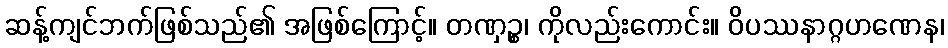
ဆန့်ကျင်ဘက်ဖြစ်သည်၏ အဖြစ်ကြောင့်။ တဏှဉ္စ၊ ကိုလည်းကောင်း။ ဝိပဿနာဂ္ဂဟဏေန၊